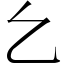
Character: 𠃉